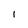
Character: I